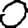
Digit: 0